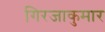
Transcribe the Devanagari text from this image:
गिरजाकुमार